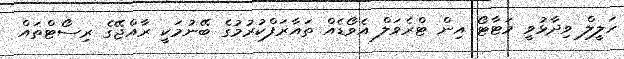
ހަލީލް ވިދާޅުވީ މަޓާޓޯ އިން ޓްރެވަލް އެވޯޑެއް ތައާރަފްކުރުމުގެ ބޭނުމަކީ ރާއްޖޭގެ ރިސޯޓްތައް